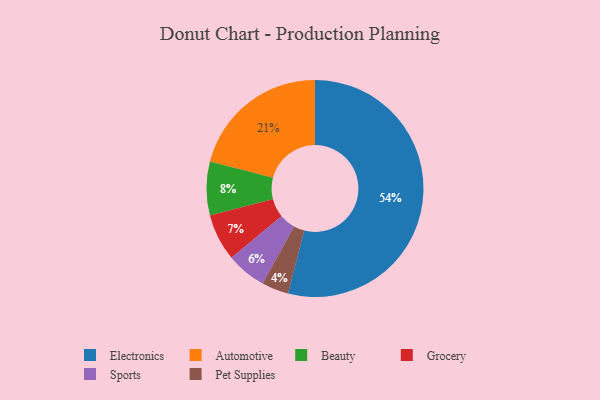
{"axis": {"x": "Category", "y": "Percentage"}, "legend": ["Automotive", "Beauty", "Electronics", "Grocery", "Pet Supplies", "Sports"], "data": [{"x": "Pet Supplies", "y": 4, "type": "Pet Supplies"}, {"x": "Sports", "y": 6, "type": "Sports"}, {"x": "Automotive", "y": 21, "type": "Automotive"}, {"x": "Grocery", "y": 7, "type": "Grocery"}, {"x": "Beauty", "y": 8, "type": "Beauty"}, {"x": "Electronics", "y": 54, "type": "Electronics"}]}